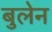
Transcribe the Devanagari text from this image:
बुलेन